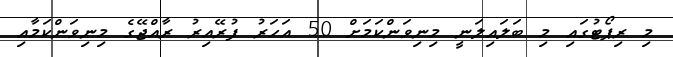
މި ރިޕޯޓުގައި މި ބަލައިލަނީ މިނިވަންކަމަށް 50 އަހަރު ފުރޭއިރު ރާއްޖޭގެ މިނިވަންކަމާއި